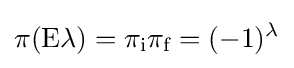
\pi (\mathrm {E} \lambda )=\pi _{\text{i}}\pi _{\text{f}}=(-1)^{\lambda }